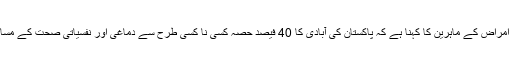
ادھر، پاکستان میں ذہنی امراض کے ماہرین کا کہنا ہے کہ پاکستان کی آبادی کا 40 فیصد حصہ کسی نا کسی طرح سے دماغی اور نفسیاتی صحت کے مسائل کا سامنا کر رہا ہے۔